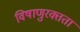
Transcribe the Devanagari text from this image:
विषाणुरक्तता